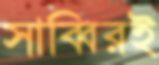
সাব্বিরই